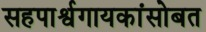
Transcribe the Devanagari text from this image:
सहपार्श्वगायकांसोबत